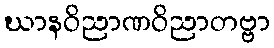
ဃာနဝိညာဏဝိညာတဗ္ဗာ